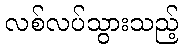
လစ်လပ်သွားသည့်